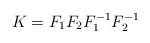
LaTeX: \begin{align*}K=F_1 F_2 F^{-1}_1 F^{-1}_2\end{align*}